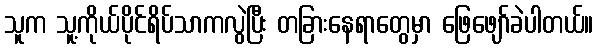
သူက သူ့ကိုယ်ပိုင်ရိပ်သာကလွဲပြီး တခြားနေရာတွေမှာ ဖြေဖျော်ခဲပါတယ်။